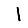
Digit: 1